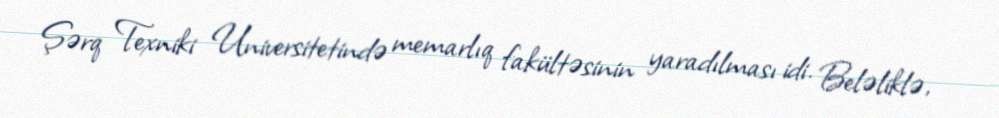
Şərq Texniki Universitetində memarlıq fakültəsinin yaradılması idi. Beləliklə,